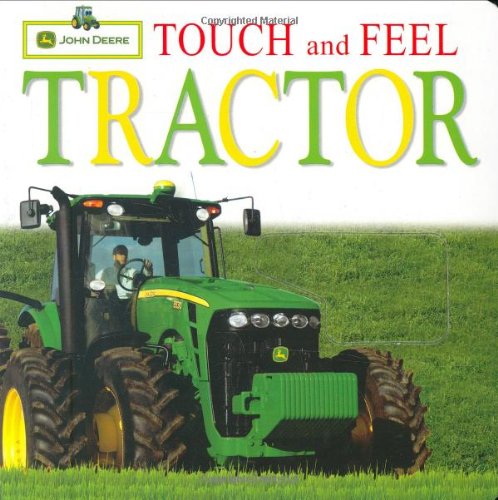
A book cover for John Deere: Touch and Feel: Tractor (Touch & Feel); Parachute Press; Children's Books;